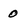
Character: 0